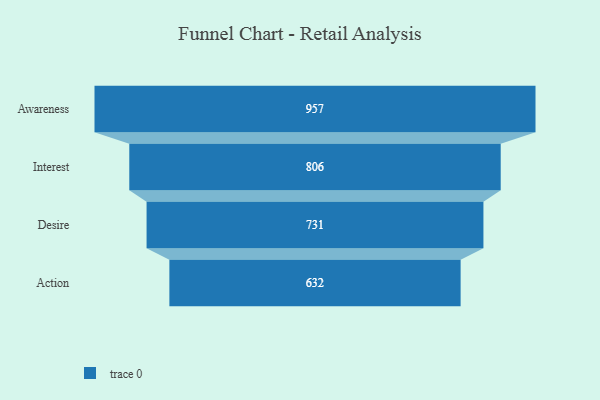
{"axis": {"x": "Stage", "y": "Value"}, "legend": [""], "data": [{"x": "Awareness", "y": 957.0, "type": ""}, {"x": "Interest", "y": 806.0, "type": ""}, {"x": "Desire", "y": 731.0, "type": ""}, {"x": "Action", "y": 632.0, "type": ""}]}